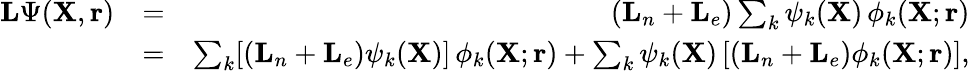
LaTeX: \begin{array}{rlr}{{\mathbf{L}}\Psi({\mathbf{X}},{\mathbf{r}})}&{=}&{({\mathbf{L}}_{n}+{\mathbf{L}}_{e})\sum_{k}\psi_{k}({\mathbf{X}})\, \phi_{k}({\mathbf{X}};{\mathbf{r}})}\\ &{=}&{\sum_{k}[({\mathbf{L}}_{n}+{\mathbf{L}}_{e})\psi_{k}({\mathbf{X}})]\, \phi_{k}({\mathbf{X}};{\mathbf{r}})+\sum_{k}\psi_{k}({\mathbf{X}})\, [({\mathbf{L}}_{n}+{\mathbf{L}}_{e})\phi_{k}({\mathbf{X}};{\mathbf{r}})],}\end{array}